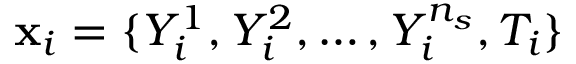
\mathbf x _ { i } = \{ Y _ { i } ^ { 1 } , Y _ { i } ^ { 2 } , \dots , Y _ { i } ^ { n _ { s } } , T _ { i } \}